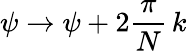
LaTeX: \psi\rightarrow\psi+2\frac{\pi}{N}\, k